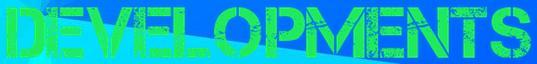
DEVELOPMENTS